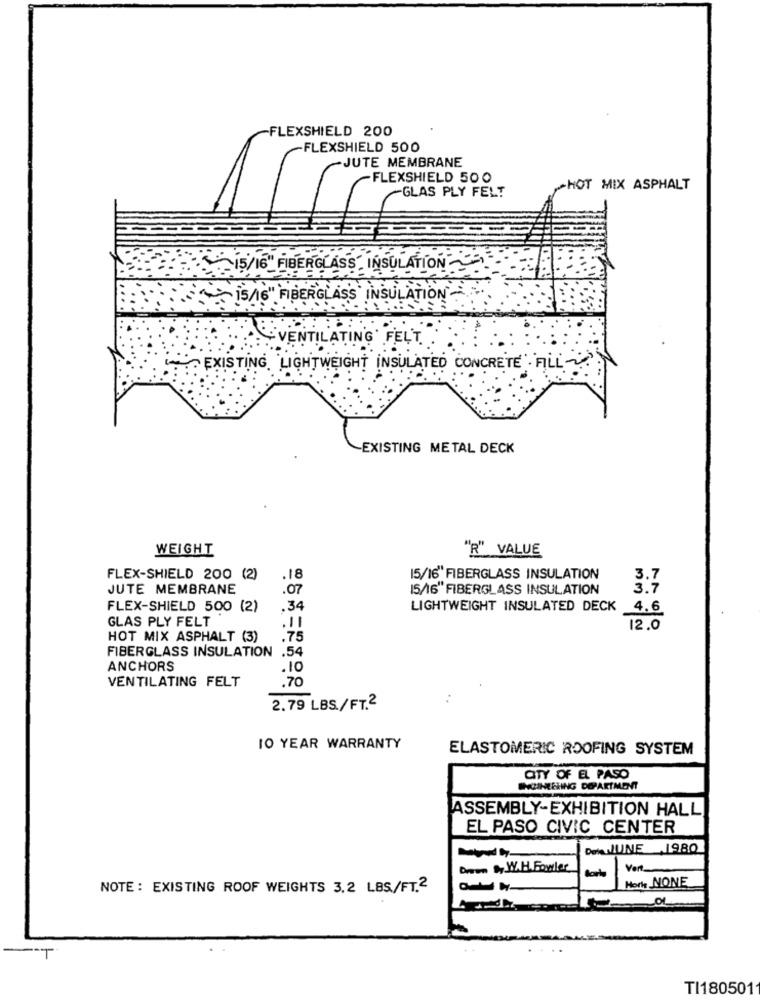
-FLEXSHIELD 200
-FLEXSHIELD 500
-JUTE MEMBRANE
FLEXSHIELD 500
GLAS PLY FELT
-HOT MIX ASPHALT
15/16" FIBERGLASS INSULATION
15/16" FIBERGLASS INSULATION
- VENTILATING' FELT. .
'TA EXISTING LIGHTWEIGHT INSULATED CONCRETE FILL~
EXISTING METAL DECK
WEIGHT
"R" VALUE
FLEX-SHIELD 200 (2)
.18
15/16" FIBERGLASS INSULATION
3.7
JUTE MEMBRANE
.07
15/16" FIBERGLASS INSULATION
3.7
FLEX-SHIELD 500 (2)
.34
LIGHTWEIGHT INSULATED DECK
4.6
GLAS PLY FELT
.11
12.0
HOT MIX ASPHALT (3)
.75
FIBERGLASS INSULATION .54
ANCHORS
.10
VENTILATING FELT
.70
2.79 LBS./FT.2
IO YEAR WARRANTY
ELASTOMERIC ROOFING SYSTEM
CITY OF EL PASO
INCLINEHING DEPARTMENT
ASSEMBLY-EXHIBITION HALL
EL PASO CIVIC CENTER
De JUNE 1980
Davon .W.H. Fowler
Ver
Hork NONE
NOTE : EXISTING ROOF WEIGHTS 3.2 LBS/FT.2
TI1805011